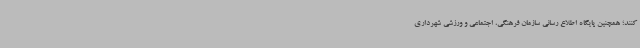
کنند؛ همچنین پایگاه اطلاع رسانی سازمان فرهنگی، اجتماعی و ورزشی شهرداری